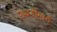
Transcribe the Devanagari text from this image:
पाथर्डीमार्गे